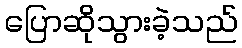
ပြောဆိုသွားခဲ့သည်